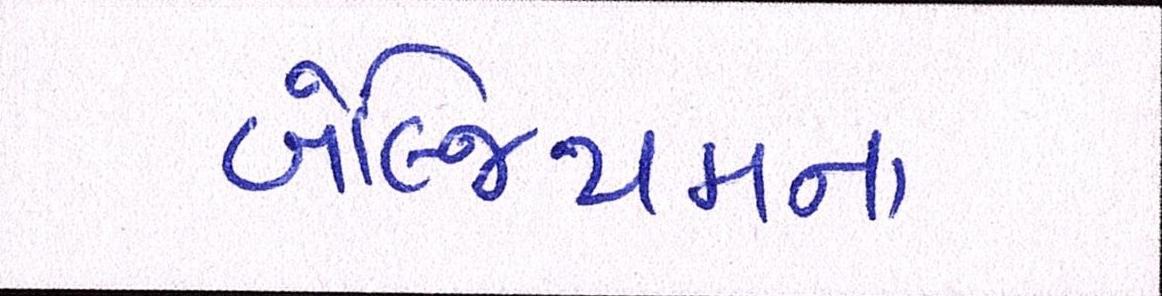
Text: બેલ્જિયમના